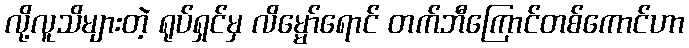
လို့လူသိများတဲ့ ရုပ်ရှင်မှ လိမ္မော်ရောင် တက်ဘီကြောင်တစ်ကောင်ဟာ